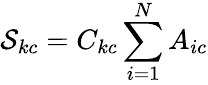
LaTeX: \mathcal{S}_{kc}=C_{kc}\sum_{i=1}^{N}A_{ic}